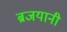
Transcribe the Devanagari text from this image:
ब्रजयानी